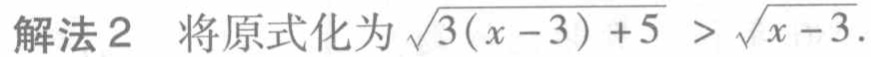
解法2 将原式化为\(\sqrt{3(x - 3)+5}>\sqrt{x - 3}\).